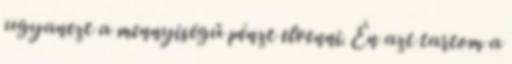
ugyanezt a mennyiségű pénzt elvenni. Én azt tartom a